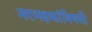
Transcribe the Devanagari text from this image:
नरभक्षकांविषयी